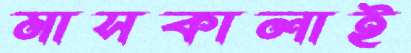
মাসকালাই